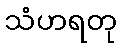
သံဟရတု